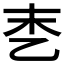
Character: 𪜑